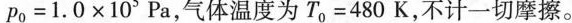
$$p _ { 0 } = 1 . 0 × 1 0 ^ { 5 } P a$$，气体温度为$$T _ { 0 } = 4 8 0 K$$，不计一切摩擦。